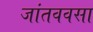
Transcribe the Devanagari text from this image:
जांतववसा